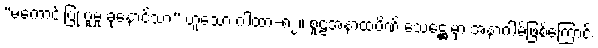
“မကောင်းပြု ပူမှု ခုနောင်သာ” ဟူသော ဂါထာ-၈၂။ စူဠအနာထပိဏ် သေဋ္ဌေးမှာ အနာဂါမ်ဖြစ်ကြောင်း